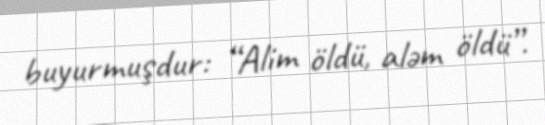
buyurmuşdur: “Alim öldü, aləm öldü”.